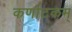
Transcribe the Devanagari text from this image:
कर्णाटकम्